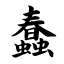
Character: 蠢